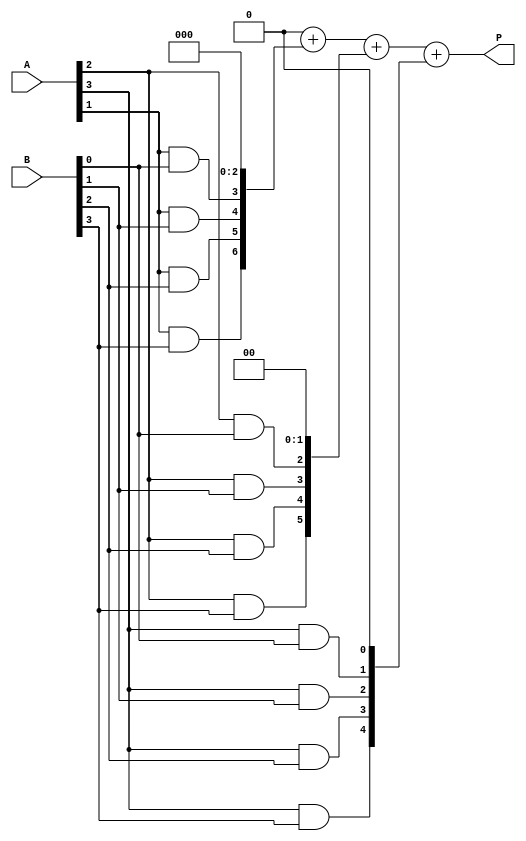
module vedic_multiplier #(parameter N = 4) (
    input  wire [N-1:0] A,
    input  wire [N-1:0] B,
    output wire [2*N-1:0] P
);

// Intermediate wires for partial products
wire [N-1:0] pp[N-1:0]; // Partial products
wire [2*N-1:0] sum [N-1:0]; // Sum of partial products

// Generate partial products
genvar i, j;
generate
    for (i = 0; i < N; i = i + 1) begin : partial_product_gen
        for (j = 0; j < N; j = j + 1) begin : bitwise_multiplication
            assign pp[i][j] = A[i] & B[j];
        end
    end
endgenerate

// Add partial products using a simple tree structure
generate
    for (i = 0; i < N; i = i + 1) begin : adder_tree
        if (i == 0) begin
            assign sum[i] = {pp[i], {N{i}}}; // Align the first partial product
        end else begin
            assign sum[i] = sum[i-1] + {pp[i], {N-i{1'b0}}}; // Align and add
        end
    end
endgenerate

// Final product output
assign P = sum[N-1];

endmodule